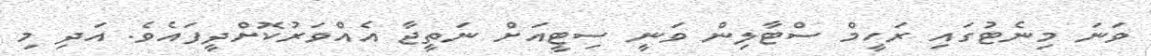
ވަނަ މިނެޓުގައި ރަހީމް ސްޓާލިން ވަނީ ސިޓީއަށް ނަތީޖާ އެއްވަރުކޮށްދީފައެވެ. އަދި މި